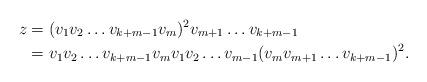
LaTeX: \begin{align*} z &= (v_1 v_2\dots v_{k+m-1} v_m)^2 v_{m+1}\dots v_{k+m-1} \\ &= v_1 v_2\dots v_{k+m-1} v_m v_1 v_2\dots v_{m-1}(v_m v_{m+1}\dots v_{k+m-1})^2. \end{align*}